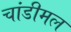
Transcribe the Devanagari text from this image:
चांडीमल